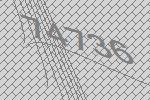
74736